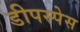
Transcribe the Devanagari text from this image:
डीपस्पेस